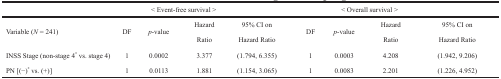
<table><thead><tr><td></td><td></td><td colspan="2"><b>&lt; Event-free survival &gt;</b></td><td></td><td></td><td colspan="2"><b>&lt; Overall survival &gt;</b></td><td></td></tr></thead><tbody><tr><td rowspan="2">Variable (<i>N</i> = 241)</td><td rowspan="2">DF</td><td rowspan="2"><i>p</i>-value</td><td>Hazard</td><td>95% CI on</td><td rowspan="2">DF</td><td rowspan="2"><i>p</i>-value</td><td>Hazard</td><td>95% CI on</td></tr><tr><td>Ratio</td><td>Hazard Ratio</td><td>Ratio</td><td>Hazard Ratio</td></tr><tr><td>INSS Stage (non-stage 4<sup>*</sup> vs. stage 4)</td><td>1</td><td>0.0002</td><td>3.377</td><td>(1.794, 6.355)</td><td>1</td><td>0.0003</td><td>4.208</td><td>(1.942, 9.206)</td></tr><tr><td>PN [(−)<sup>*</sup> vs. (+)]</td><td>1</td><td>0.0113</td><td>1.881</td><td>(1.154, 3.065)</td><td>1</td><td>0.0083</td><td>2.201</td><td>(1.226, 4.952)</td></tr></tbody></table>